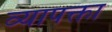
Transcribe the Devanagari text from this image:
व्यापक्ता